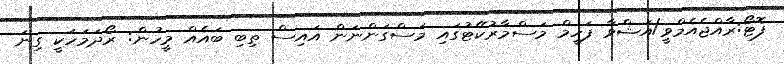
ފޮޓޯ:ރާއްޖެއެމްވީ/އަޝްވާ ފަހީމް މަސްމާރުކޭޓުގައި މަސްގަންނަން އައިސް ތިބި ބައެއް މީހުން: ރޯދަމަހަކީ ގިނަ